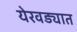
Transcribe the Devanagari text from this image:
येरवड्यात